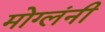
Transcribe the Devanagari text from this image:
मोग्लंनी